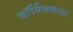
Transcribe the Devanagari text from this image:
वाॅर्विक्शायर